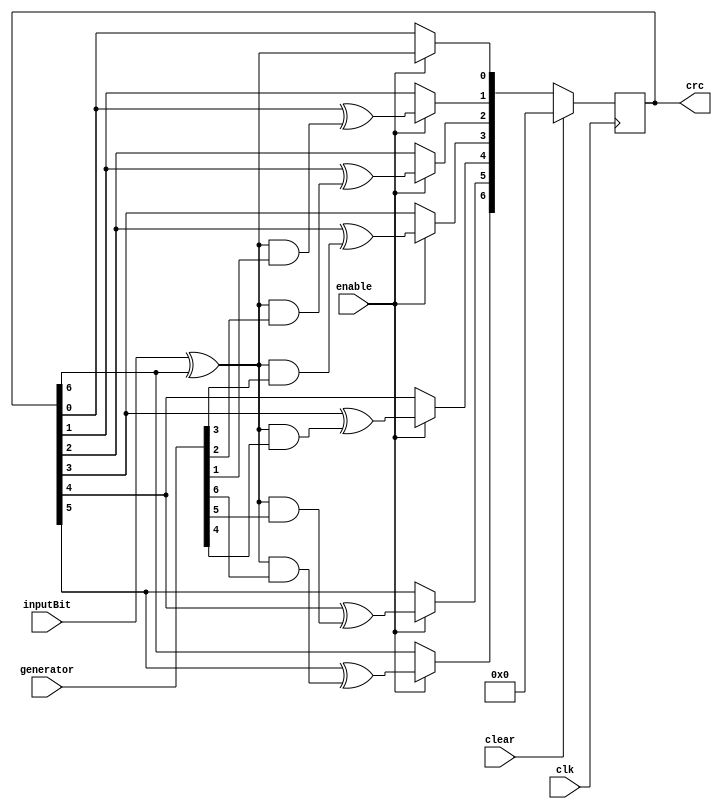
module crcGenerator 
#(parameter LEN = 7)(
    input inputBit,
    input clk,
    input clear,                
    input enable,               // will not activate on clk input
    input [LEN:0] generator,
    output reg [LEN - 1:0] crc
    );

wire invert;
assign invert = inputBit ^ crc[LEN - 1];
integer _i = 0;

always @ (posedge clk) begin
    if (clear) begin
        crc = 0;    
        end
    else if (enable) begin
        for (_i = LEN - 1; _i > 0; _i = _i - 1) begin
            crc[_i] = crc[_i - 1] ^ (invert & generator[_i]);  
        end
        crc[0] = invert;
    end
end

endmodule